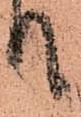
て